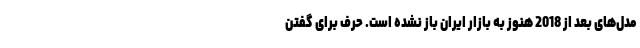
مدل‌های بعد از 2018 هنوز به بازار ایران باز نشده است. حرف برای گفتن